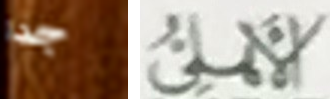
جدا الأهلى